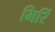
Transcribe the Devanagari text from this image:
मिरिं